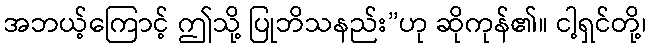
အဘယ့်ကြောင့် ဤသို့ ပြုဘိသနည်း”ဟု ဆိုကုန်၏။ ငါ့ရှင်တို့၊